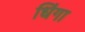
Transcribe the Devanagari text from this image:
धिंगा